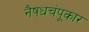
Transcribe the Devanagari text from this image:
नैषधचंपूकार